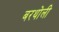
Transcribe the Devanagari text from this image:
बरथोली